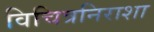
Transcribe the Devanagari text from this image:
विचित्रनिराशा